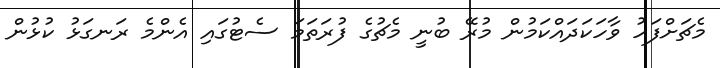
މެޗަށްފަހު ވާހަކަދައްކަމުން މުރޭ ބުނީ މެޗުގެ ފުރަތަމަ ސެޓުގައި އެންމެ ރަނގަޅު ކުޅުން